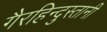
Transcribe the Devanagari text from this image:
गैरहिन्दुस्तानी